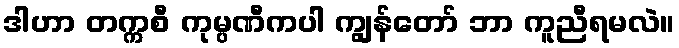
ဒါဟာ တက္ကစီ ကုမ္ပဏီကပါ ကျွန်တော် ဘာ ကူညီရမလဲ။